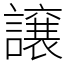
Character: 譲